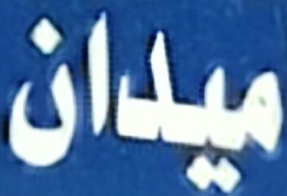
ميدان